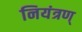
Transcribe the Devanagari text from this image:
नियंत्रण्‌